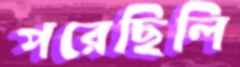
পরেছিলি